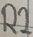
Text: R2